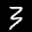
Label: 3